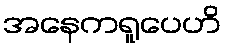
အနေကရူပေဟိ